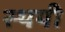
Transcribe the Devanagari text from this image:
स्थयी